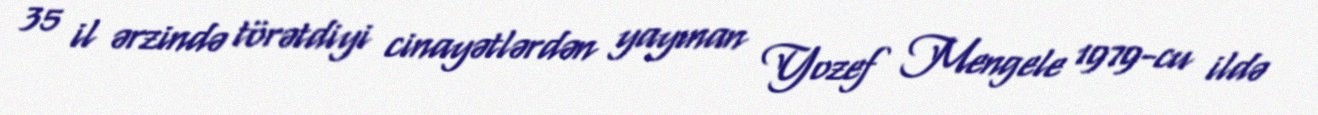
35 il ərzində törətdiyi cinayətlərdən yayınan Yozef Mengele 1979-cu ildə